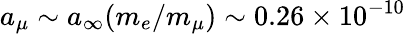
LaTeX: a_{\mu}\sim a_{\infty}(m_{e}/m_{\mu})\sim 0.26\times 10^{-10}